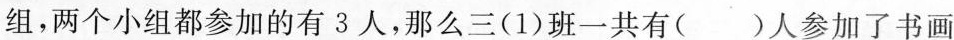
组，两个小组都参加的有3人，那么三(1)班一共有( )人参加了书画